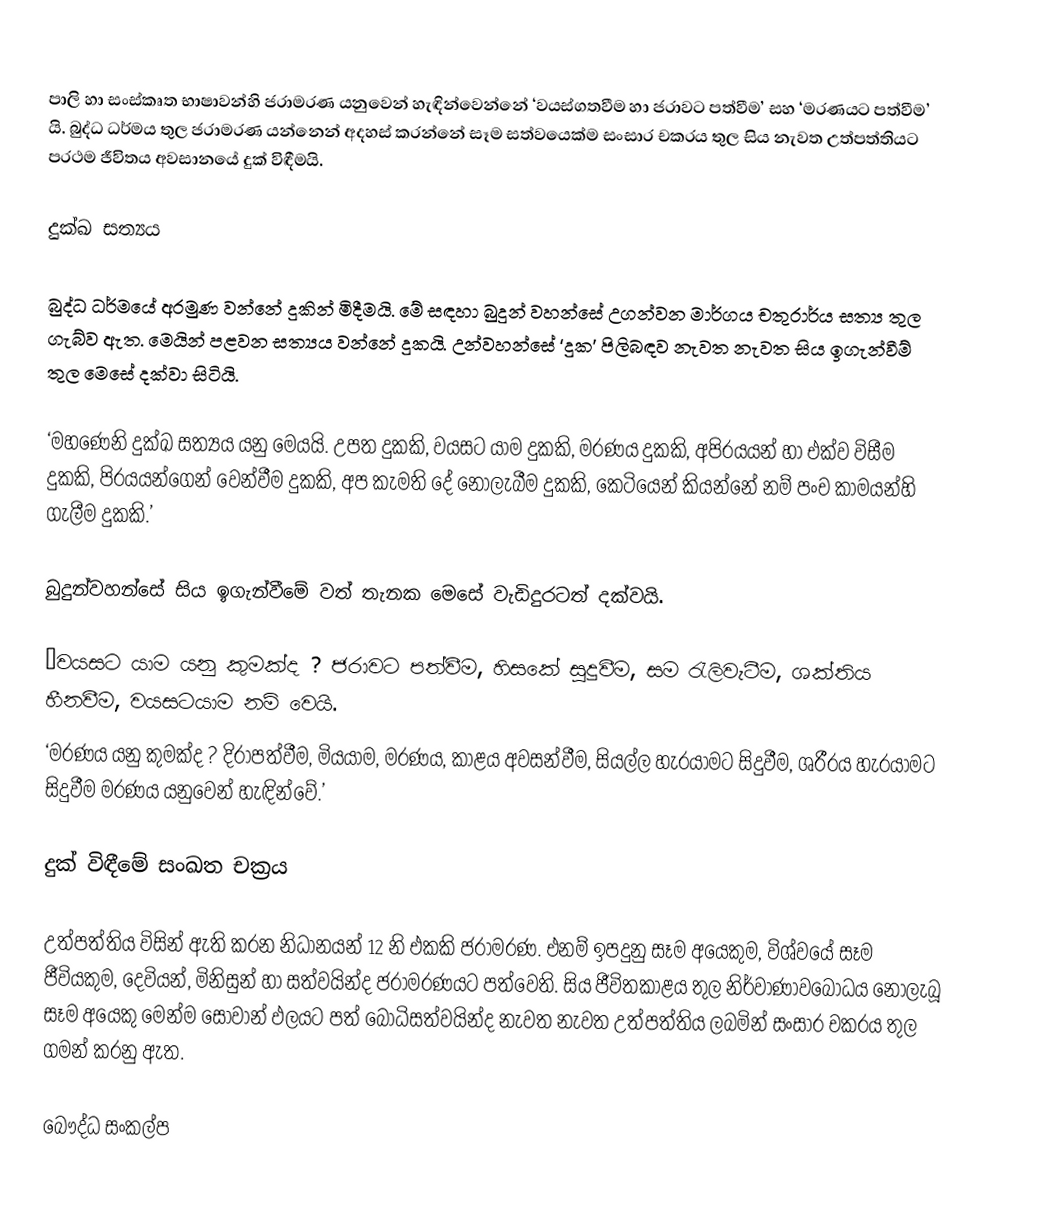
පාලි හා සංස්කෘත භාෂාවන්හි ජරාමරණ යනුවෙන් හැඳින්වෙන්නේ ‘වයස්ගතවීම හා ජරාවට පත්වීම’ සහ ‘මරණයට පත්වීම’ යි. බුද්ධ ධර්මය තුල ජරාමරණ යන්නෙන් අදහස් කරන්නේ සෑම සත්වයෙක්ම සංසාර චක‍්‍රය තුල සිය නැවත උත්පත්තියට ප‍්‍රථම ජීවිතය අවසානයේ දුක් විඳීමයි.

දුක්ඛ සත්‍යය

බුද්ධ ධර්මයේ අරමුණ වන්නේ දුකින් මිදීමයි. මේ සඳහා බුදුන් වහන්සේ උගන්වන මාර්ගය චතුරාර්ය සත්‍ය තුල ගැබ්ව ඇත. මෙයින් පළවන සත්‍යය වන්නේ දුකයි. උන්වහන්සේ ‘දුක’ පිලිබඳව නැවත නැවත සිය ඉගැන්වීම් තුල මෙසේ දක්වා සිටියි.

‘මහණෙනි දුක්ඛ සත්‍යය යනු මෙයයි. උපත දුකකි, වයසට යාම දුකකි, මරණය දුකකි, අපි‍්‍රයයන් හා එක්ව විසීම දුකකි, පි‍්‍රයයන්ගෙන් වෙන්වීම දුකකි, අප කැමති දේ නොලැබීම දුකකි, කෙටියෙන් කියන්නේ නම් පංච කාමයන්හි ගැලීම දුකකි.’

බුදුන්වහන්සේ සිය ඉගැන්වීමේ වත් තැනක මෙසේ වැඩිදුරටත් දක්වයි.

’වයසට යාම යනු කුමක්ද ? ජරාවට පත්වීම, හිසකේ සුදුවීම, සම රැලිවැටීම, ශක්තිය හීනවීම, වයසටයාම නම් වෙයි.
‘මරණය යනු කුමක්ද ? දිරාපත්වීම, මියයාම, මරණය, කාළය අවසන්වීම, සියල්ල හැරයාමට සිදුවීම, ශරීරය හැරයාමට සිදුවීම මරණය යනුවෙන් හැඳින්වේ.’

දුක් විඳීමේ සංඛත චක‍්‍රය

උත්පත්තිය විසින් ඇති කරන නිධානයන් 12 නි එකකි ජරාමරණ. එනම් ඉපදුනු සෑම අයෙකුම, විශ්වයේ සෑම ජීවියකුම, දෙවියන්, මිනිසුන් හා සත්වයින්ද ජරාමරණයට පත්වෙති. සිය ජීවිතකාළය තුල නිර්වාණාවබෝධය නොලැබූ සෑම අයෙකු මෙන්ම සෝවාන් ඵලයට පත් බෝධිසත්වයින්ද නැවත නැවත උත්පත්තිය ලබමින් සංසාර චක‍්‍රය තුල ගමන් කරනු ඇත.

බෞද්ධ සංකල්ප